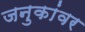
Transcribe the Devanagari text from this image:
जनुकांवर